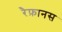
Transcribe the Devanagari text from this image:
रैफ़ानस